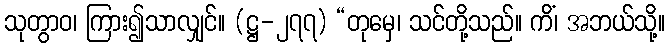
သုတွာဝ၊ ကြား၍သာလျှင်။ (ဋ္ဌ-၂၇၇) “တုမှေ၊ သင်တို့သည်။ ကိံ၊ အဘယ်သို့။